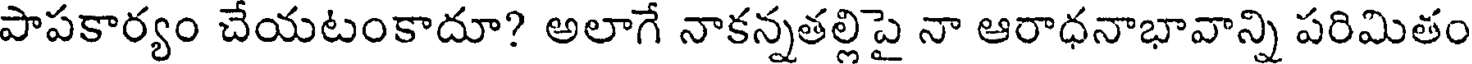
పాపకార్యం చేయటంకాదూ? అలాగే నాకన్నతల్లిపై నా ఆరాధనాభావాన్ని పరిమితం